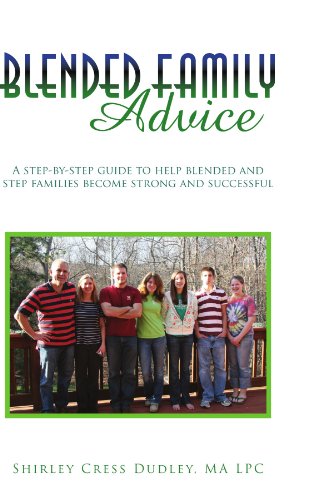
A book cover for Blended Family Advice: A step-by-step guide to help blended and step families become strong and successful; MA LPC Shirley Cress Dudley; Parenting & Relationships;